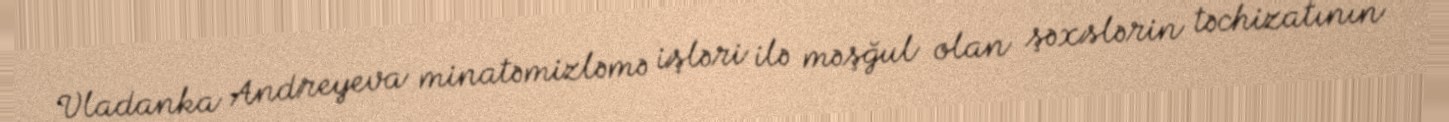
Vladanka Andreyeva minatəmizləmə işləri ilə məşğul olan şəxslərin təchizatının